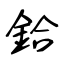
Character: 鉿